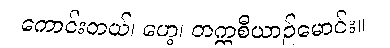
ကောင်းတယ်၊ ဟေ့၊ တက္ကစီယာဉ်မောင်း။